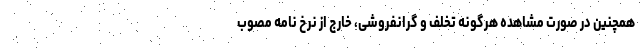
همچنین در صورت مشاهده هرگونه تخلف و گرانفروشی، خارج از نرخ نامه مصوب